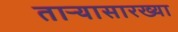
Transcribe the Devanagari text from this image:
ताऱ्यासारख्या